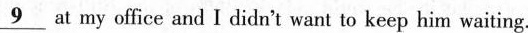
\underline{9} at my office and I didn't want to keep him waiting.